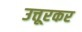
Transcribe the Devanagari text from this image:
उत्तूरकर